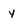
Character: y